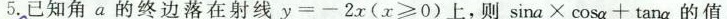
5. 已知角a的终边落在射线$$y = - 2 x ( x ≥ 0 )上，则$$\sin a \times \cos a + tan a$$的